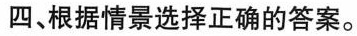
四、根据情景选择正确的答案。